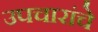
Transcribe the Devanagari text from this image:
उपचारांचे